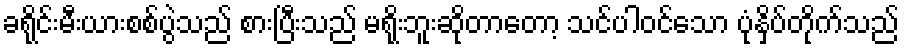
ခရိုင်းမီးယားစစ်ပွဲသည် စားပြီးသည် မရိုးဘူးဆိုတာတော့ သင်ပါဝင်သော ပုံနှိပ်တိုက်သည်